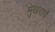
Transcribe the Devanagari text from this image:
मुखरागों